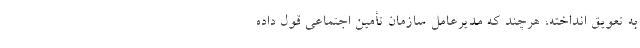
به تعویق انداخته، هرچند که مدیرعامل سازمان تأمین اجتماعی قول داده